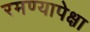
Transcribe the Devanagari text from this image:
रमण्यापेक्षा